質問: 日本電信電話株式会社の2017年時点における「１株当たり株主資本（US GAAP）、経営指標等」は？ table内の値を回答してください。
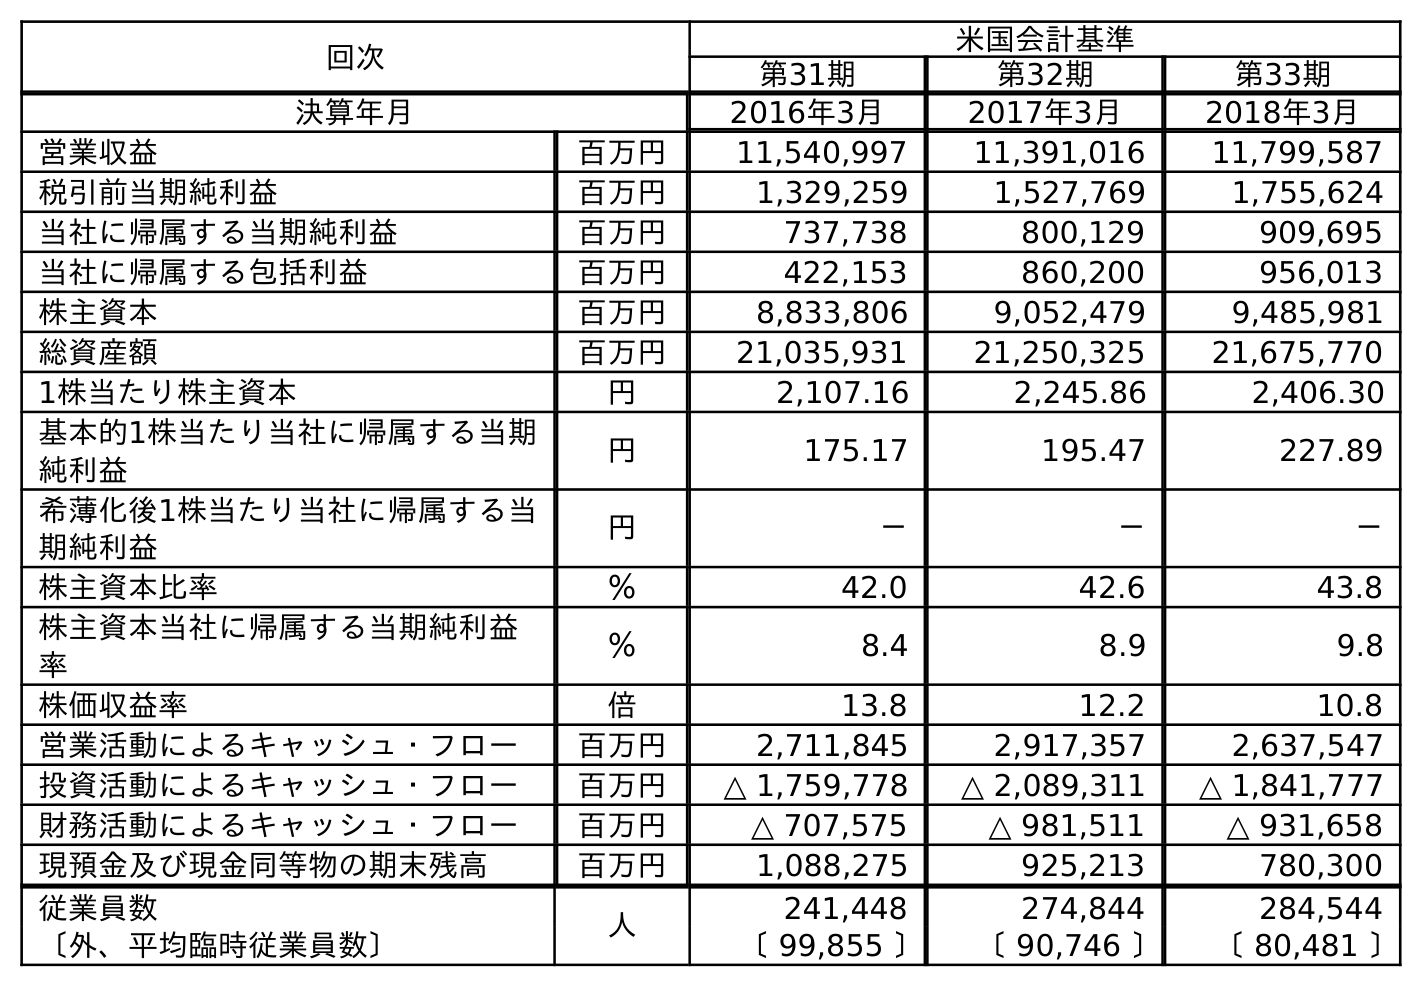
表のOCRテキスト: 回次 米国会計基準 第31期 第32期 第33期 決算年月 2016年3月 2017年3月 2018年3月 営業収益 百万円 11,540,997 11,391,016 11,799,587 税引前当期純利益 百万円 1,329,259 1,527,769 1,755,624 当社に帰属する当期純利益 百万円 737,738 800,129 909,695 当社に帰属する包括利益 百万円 422,153 860,200 956,013 株主資本 百万円 8,833,806 9,052,479 9,485,981 総資産額 百万円 21,035,931 21,250,325 21,675,770 1株当たり株主資本 円 2,107.16 2,245.86 2,406.30 基本的1株当たり当社に帰属する当期 純利益 円 175.17 195.47 227.89 希薄化後1株当たり当社に帰属する当 期純利益 円 － － － 株主資本比率 ％ 42.0 42.6 43.8 株主資本当社に帰属する当期純利益 率 ％ 8.4 8.9 9.8 株価収益率 倍 13.8 12.2 10.8 営業活動によるキャッシュ・フロー 百万円 2,711,845 2,917,357 2,637,547 投資活動によるキャッシュ・フロー 百万円 △ 1,759,778 △ 2,089,311 △ 1,841,777 財務活動によるキャッシュ・フロー 百万円 △ 707,575 △ 981,511 △ 931,658 現預金及び現金同等物の期末残高 百万円 1,088,275 925,213 780,300 従業員数 人 241,448 274,844 284,544 〔外、平均臨時従業員数〕 〔 99,855 〕 〔 90,746 〕 〔 80,481 〕
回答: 2,245.86